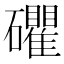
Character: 𥗫